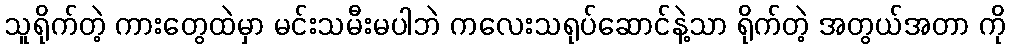
သူရိုက်တဲ့ ကားတွေထဲမှာ မင်းသမီးမပါဘဲ ကလေးသရုပ်ဆောင်နဲ့သာ ရိုက်တဲ့ အတွယ်အတာ ကို